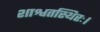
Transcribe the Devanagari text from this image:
शाश्वतस्थिरः।